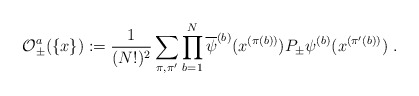
\begin{align*}{\cal O}_\pm^a( \{x\} ) := \frac{1}{(N!)^2}\sum_{\pi,\pi^\prime}\prod_{b=1}^{N}\overline{\psi}^{(b)}(x^{(\pi(b))})P_\pm \psi^{(b)}(x^{(\pi^\prime(b))}) \; .\end{align*}